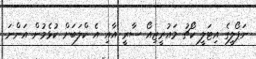
ނަޕޯލީގެ އިޓަލީ ކޯޗު މައުރީޒިއޯ ސާރީ އާއި އެ ކްލަބަށް ކުޅެމުން އަންނަ